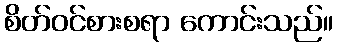
စိတ်ဝင်စားစရာ ကောင်းသည်။